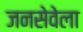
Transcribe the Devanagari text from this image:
जनसेवेला